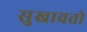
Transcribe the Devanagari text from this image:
सुखावतो